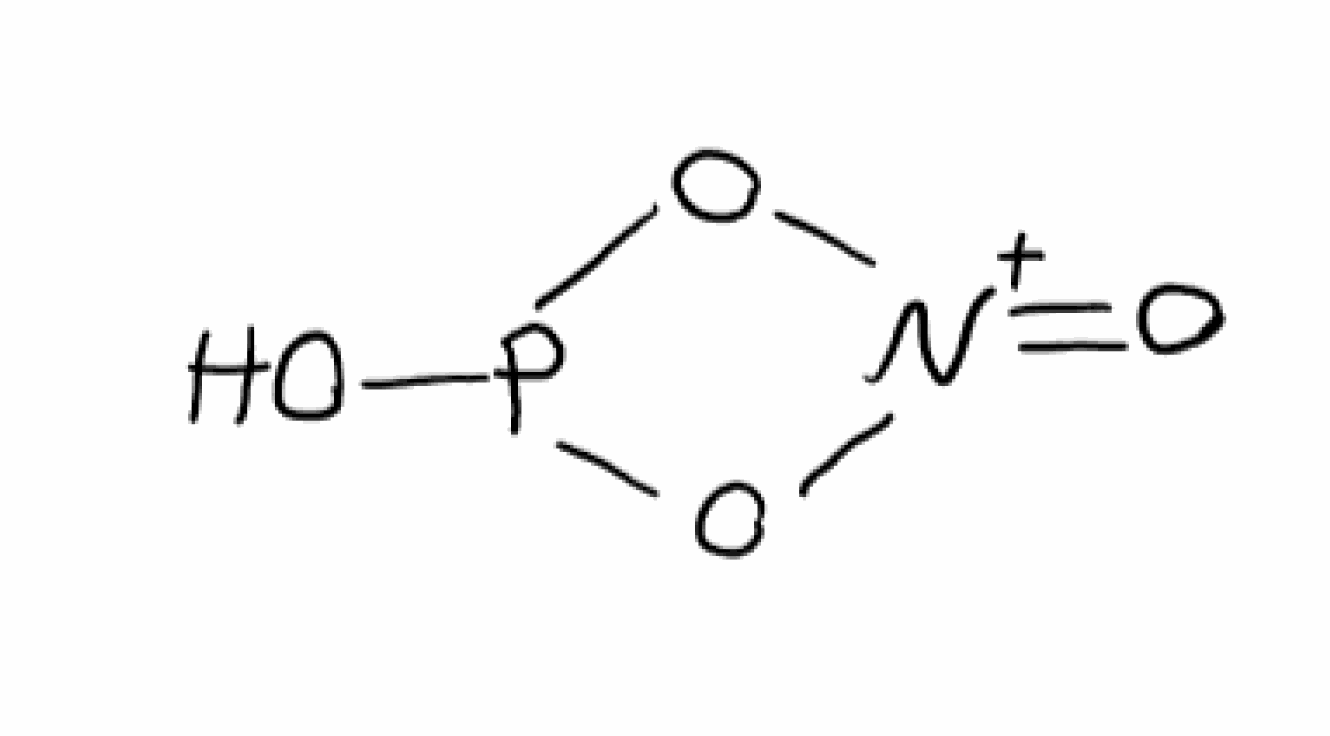
Simplified molecular-input line-entry system (SMILES) notation of the given molecule:
[N+]1(=O)OP(O1)O